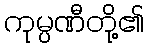
ကုမ္ပဏီတို့၏